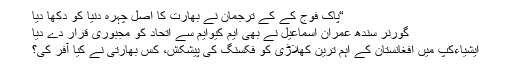
“پاک فوج کے کے ترجمان نے بھارت کا اصل چہرہ دنیا کو دکھا دیا
گورنر سندھ عمران اسماعیل نے بھی ایم کیوایم سے اتحاد کو مجبوری قرار دے دیا
ایشیاءکپ میں افغانستان کے اہم ترین کھلاڑی کو فکسنگ کی پیشکش، کس بھارتی نے کیا آفر کی؟